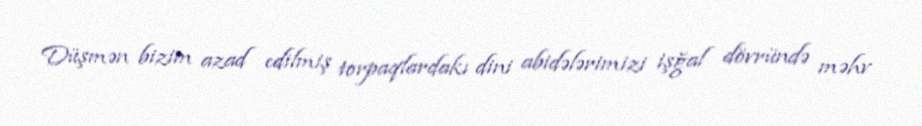
Düşmən bizim azad edilmiş torpaqlardakı dini abidələrimizi işğal dövründə məhv